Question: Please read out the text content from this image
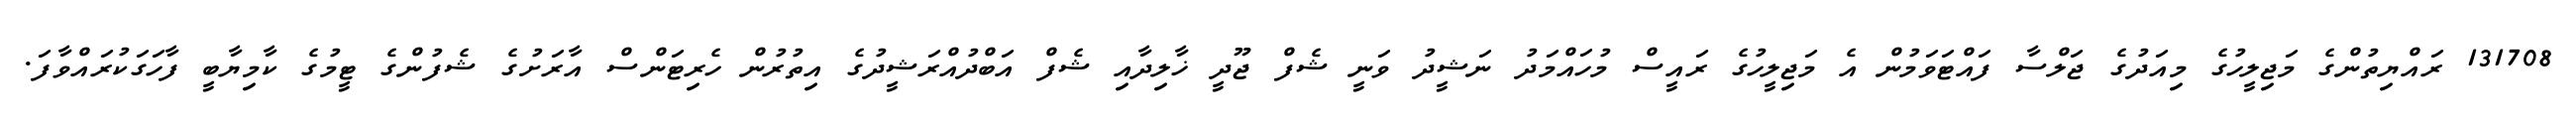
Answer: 131708 ރައްޔިތުންގެ މަޖިލީހުގެ މިއަދުގެ ޖަލްސާ ފައްޓަވަމުން އެ މަޖިލީހުގެ ރައީސް މުހައްމަދު ނަޝީދު ވަނީ ޝެފް ޖޫދީ ޚާލިދާއި ޝެފް އަބްދުއްރަޝީދުގެ އިތުރުން ހެރިޓަންސް އާރަށުގެ ޝެފުންގެ ޓީމުގެ ކާމިޔާބީ ފާހަގަކުރައްވާފަ.